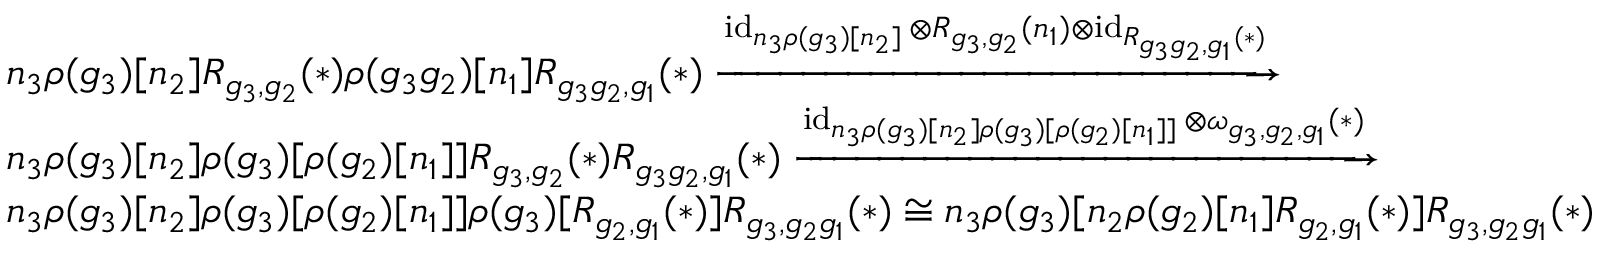
\begin{array} { r l } & { n _ { 3 } \rho ( g _ { 3 } ) [ n _ { 2 } ] R _ { g _ { 3 } , g _ { 2 } } ( * ) \rho ( g _ { 3 } g _ { 2 } ) [ n _ { 1 } ] R _ { g _ { 3 } g _ { 2 } , g _ { 1 } } ( * ) \xrightarrow { \operatorname { i d } _ { n _ { 3 } \rho ( g _ { 3 } ) [ n _ { 2 } ] } \otimes R _ { g _ { 3 } , g _ { 2 } } ( n _ { 1 } ) \otimes \operatorname { i d } _ { R _ { g _ { 3 } g _ { 2 } , g _ { 1 } } ( * ) } } } \\ & { n _ { 3 } \rho ( g _ { 3 } ) [ n _ { 2 } ] \rho ( g _ { 3 } ) [ \rho ( g _ { 2 } ) [ n _ { 1 } ] ] R _ { g _ { 3 } , g _ { 2 } } ( * ) R _ { g _ { 3 } g _ { 2 } , g _ { 1 } } ( * ) \xrightarrow { \operatorname { i d } _ { n _ { 3 } \rho ( g _ { 3 } ) [ n _ { 2 } ] \rho ( g _ { 3 } ) [ \rho ( g _ { 2 } ) [ n _ { 1 } ] ] } \otimes \omega _ { g _ { 3 } , g _ { 2 } , g _ { 1 } } ( * ) } } \\ & { n _ { 3 } \rho ( g _ { 3 } ) [ n _ { 2 } ] \rho ( g _ { 3 } ) [ \rho ( g _ { 2 } ) [ n _ { 1 } ] ] \rho ( g _ { 3 } ) [ R _ { g _ { 2 } , g _ { 1 } } ( * ) ] R _ { g _ { 3 } , g _ { 2 } g _ { 1 } } ( * ) \cong n _ { 3 } \rho ( g _ { 3 } ) [ n _ { 2 } \rho ( g _ { 2 } ) [ n _ { 1 } ] R _ { g _ { 2 } , g _ { 1 } } ( * ) ] R _ { g _ { 3 } , g _ { 2 } g _ { 1 } } ( * ) } \end{array}